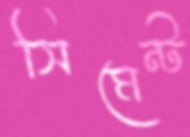
সিমেন্ট